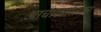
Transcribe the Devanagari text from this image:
आचारमालिका